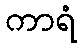
ကာရံ